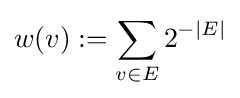
w(v):=\sum _{v\in E}2^{-|E|}